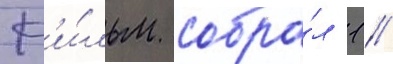
Ф'и́льм собра́л 1 /